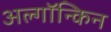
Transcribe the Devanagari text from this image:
अल्गॉन्किन